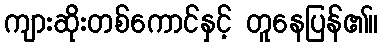
ကျားဆိုးတစ်ကောင်နှင့် တူနေပြန်၏။